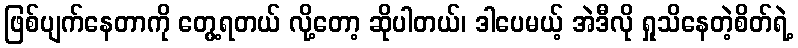
ဖြစ်ပျက်နေတာကို တွေ့ရတယ် လို့တော့ ဆိုပါတယ်၊ ဒါပေမယ့် အဲဒီလို ရှုသိနေတဲ့စိတ်ရဲ့